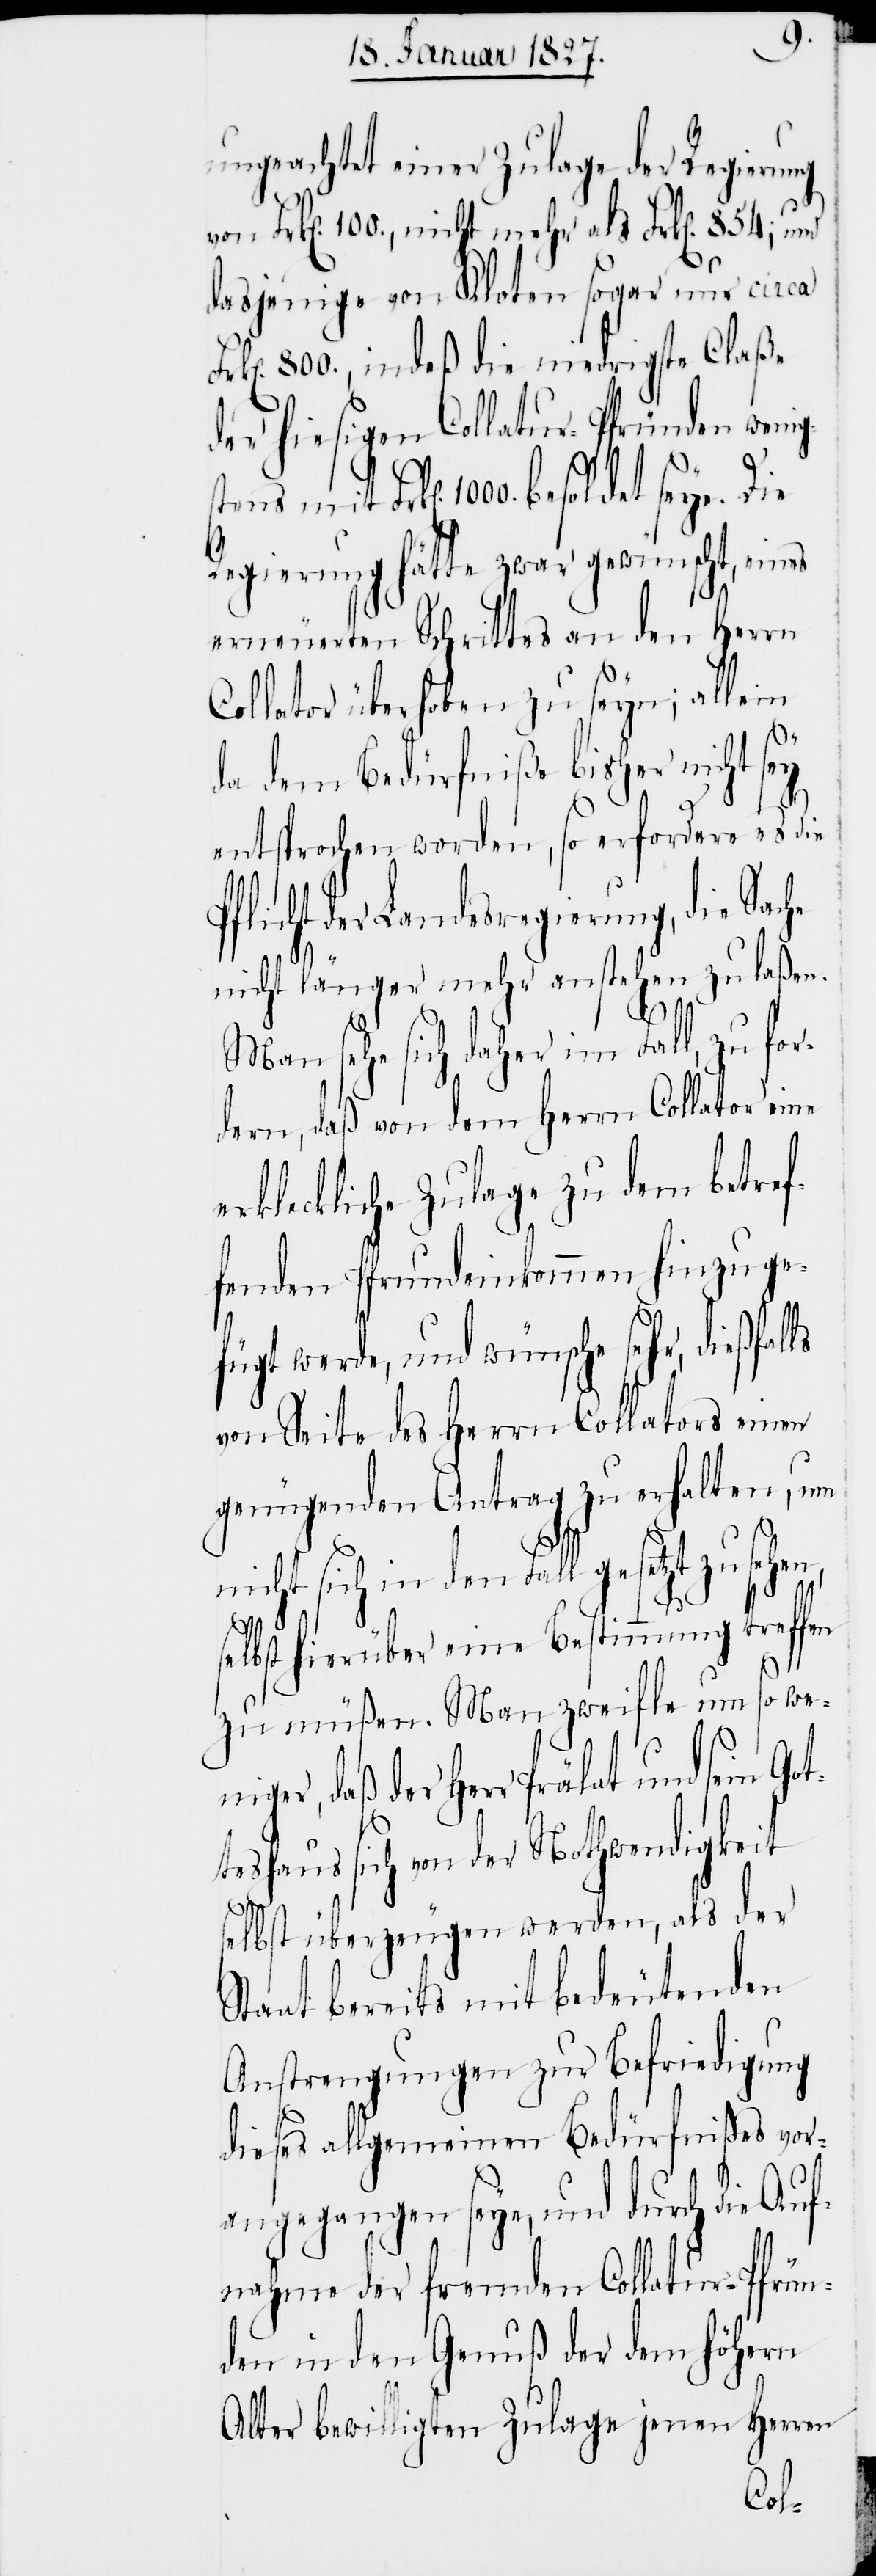
ungeachtet einer Zulage der Regierung
Frk[en]. 100., nicht mehr als Frk[en].
dasjenige von Kloten sogar nur circa
800., indeß die niedrigste Claße
der hiesigen Collatur-Pfründen weni¬
Frk[en]. 1000. besoldet seye. Die
Regierung hätte zwar gewünscht, ein¬
erneuerten Schrittes an den Herrn
Collator überhoben zu seyn; allein
da dem Bedürfniße bisher nicht sey
entsprochen worden, so erfordere es die
Pflicht der Landesregierung, die Sache
ger,
nicht länger mehr anstehen zu laßen.
Man sehe sich daher im Fall, zu for¬
dern, daß von dem Herrn Collator eine
erkleckliche Zulage zu dem betref¬
fenden Pfrundeinkommen hinzu ge¬
fügt werde, und wünsche sehr, dießfalls
von Seite des Herrn Collators einen
genügenden Antrag zu erhalten, um
icht sich in den Fall gesetzt
selbst hierüber eine Bestimmung treffen
n¬
zu müßen. Man zweifle um so weni¬
daß der Herr Prälat und sein G¬
teshaus sich von der Nothwendigkeit
selbst überzeugen werden, als der
Staat bereits mit bedeutenden
Anstrengungen zur Befriedigung
dieses allgemeinen Bedürfnißes vor¬
angegangen seye, und durch die Auf¬
nahme der fremden Collatur-Pfrün¬
den in den Genuß der dem höhern
Alter bewilligten Zulage jenen Herren
ot¬